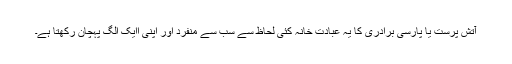
آتش پرست یا پارسی برادری کا یہ عبادت خانہ کئی لحاظ سے سب سے منفرد اور اپنی اایک الگ پہچان رکھتا ہے۔